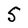
Character: S